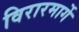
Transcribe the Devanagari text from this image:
विरारमार्गे